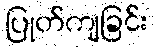
ပြုတ်ကျခြင်း